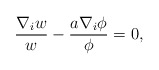
\begin{align*}\frac{\nabla_i w}{w} - \frac{a \nabla_i \phi}{\phi} = 0,\end{align*}